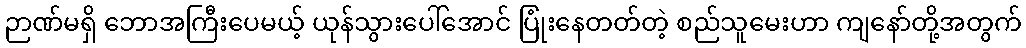
ဉာဏ်မရှိ ဘောအကြီးပေမယ့် ယုန်သွားပေါ်အောင် ပြုံးနေတတ်တဲ့ စည်သူမေးဟာ ကျနော်တို့အတွက်